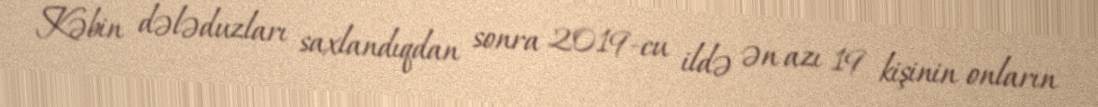
Kəbin dələduzları saxlandıqdan sonra 2019-cu ildə ən azı 19 kişinin onların